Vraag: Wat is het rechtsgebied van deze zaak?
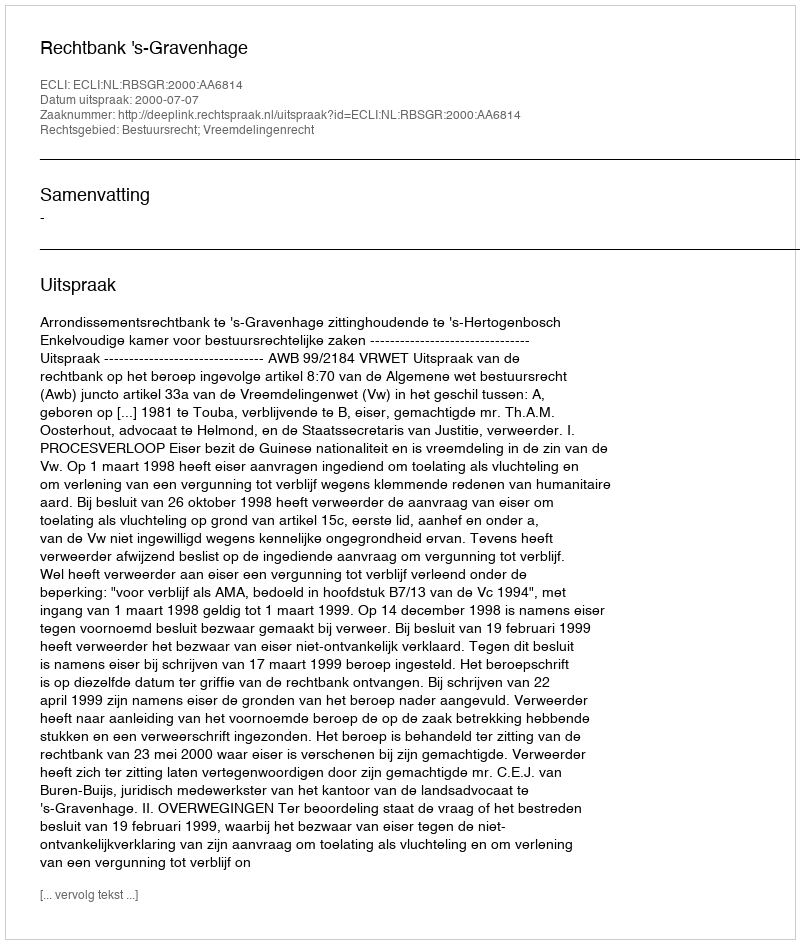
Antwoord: Bestuursrecht; Vreemdelingenrecht